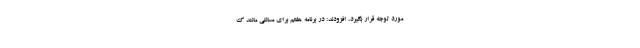
مورد توجه قرار بگیرد، افزودند: در برنامه هفتم برای مسائلی مانند ک